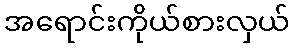
အရောင်းကိုယ်စားလှယ်